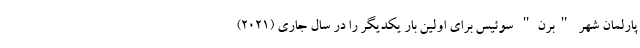
پارلمان شهر "برن" سوئیس برای اولین بار یکدیگر را در سال جاری (2021)